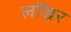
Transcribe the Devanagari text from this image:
लॉञ्चर